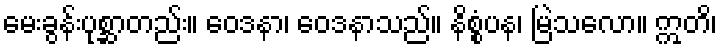
မေးခွန်းပုစ္ဆာတည်း။ ဝေဒနာ၊ ဝေဒနာသည်။ နိစ္စံပန၊ မြဲသလော။ ဣတိ၊